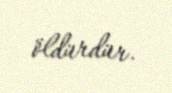
öldürdür.